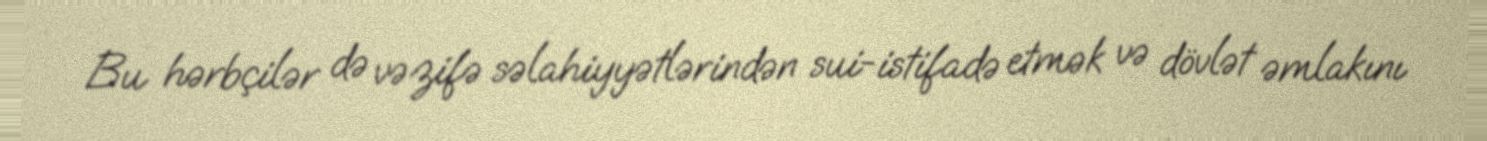
Bu hərbçilər də vəzifə səlahiyyətlərindən sui-istifadə etmək və dövlət əmlakını